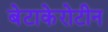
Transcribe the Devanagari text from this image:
बेटाकेरोटीन